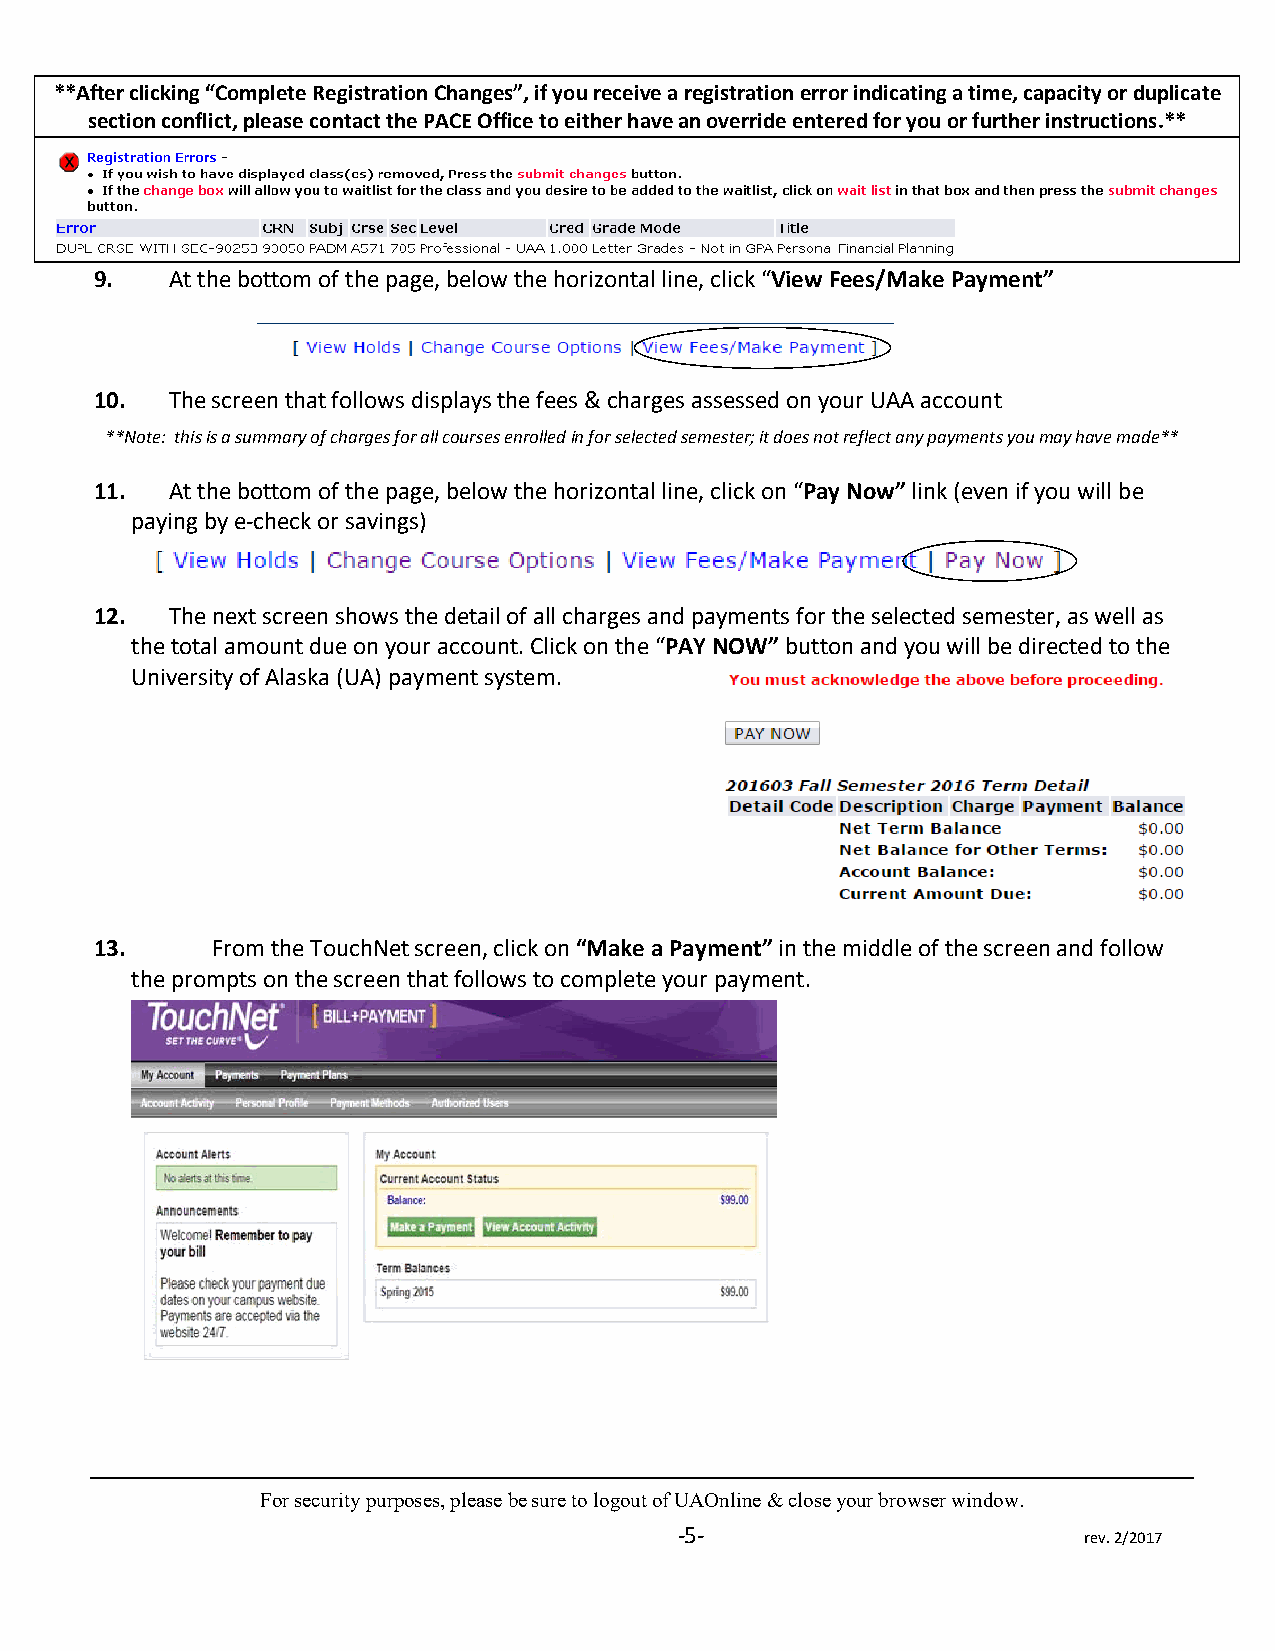
**After clicking “Complete Registration Changes”, if you receive a registration error indicating a time, capacity or duplicate
 section conflict, please contact the PACE Office to either have an override entered for you or further instructions.**
 9.   At the bottom of the page, below the horizontal line, click “View Fees/Make Payment”
 10.  The screen that follows displays the fees & charges assessed on your UAA account
 **Note: this is a summary of charges for all courses enrolled in for selected semester; it does not reflect any payments you may have made**
 11.  At the bottom of the page, below the horizontal line, click on “Pay Now” link (even if you will be
 paying by e‐check or savings)
 12.  The next screen shows the detail of all charges and payments for the selected semester, as well as
 the total amount due on your account. Click on the “PAY NOW” button and you will be directed to the
 University of Alaska (UA) payment system.
 13.     From the TouchNet screen, click on “Make a Payment” in the middle of the screen and follow
 the prompts on the screen that follows to complete your payment.
 For security purposes, please be sure to logout of UAOnline & close your browser window.
 ‐5‐
 rev. 2/2017